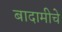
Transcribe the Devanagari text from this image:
बादामीचे